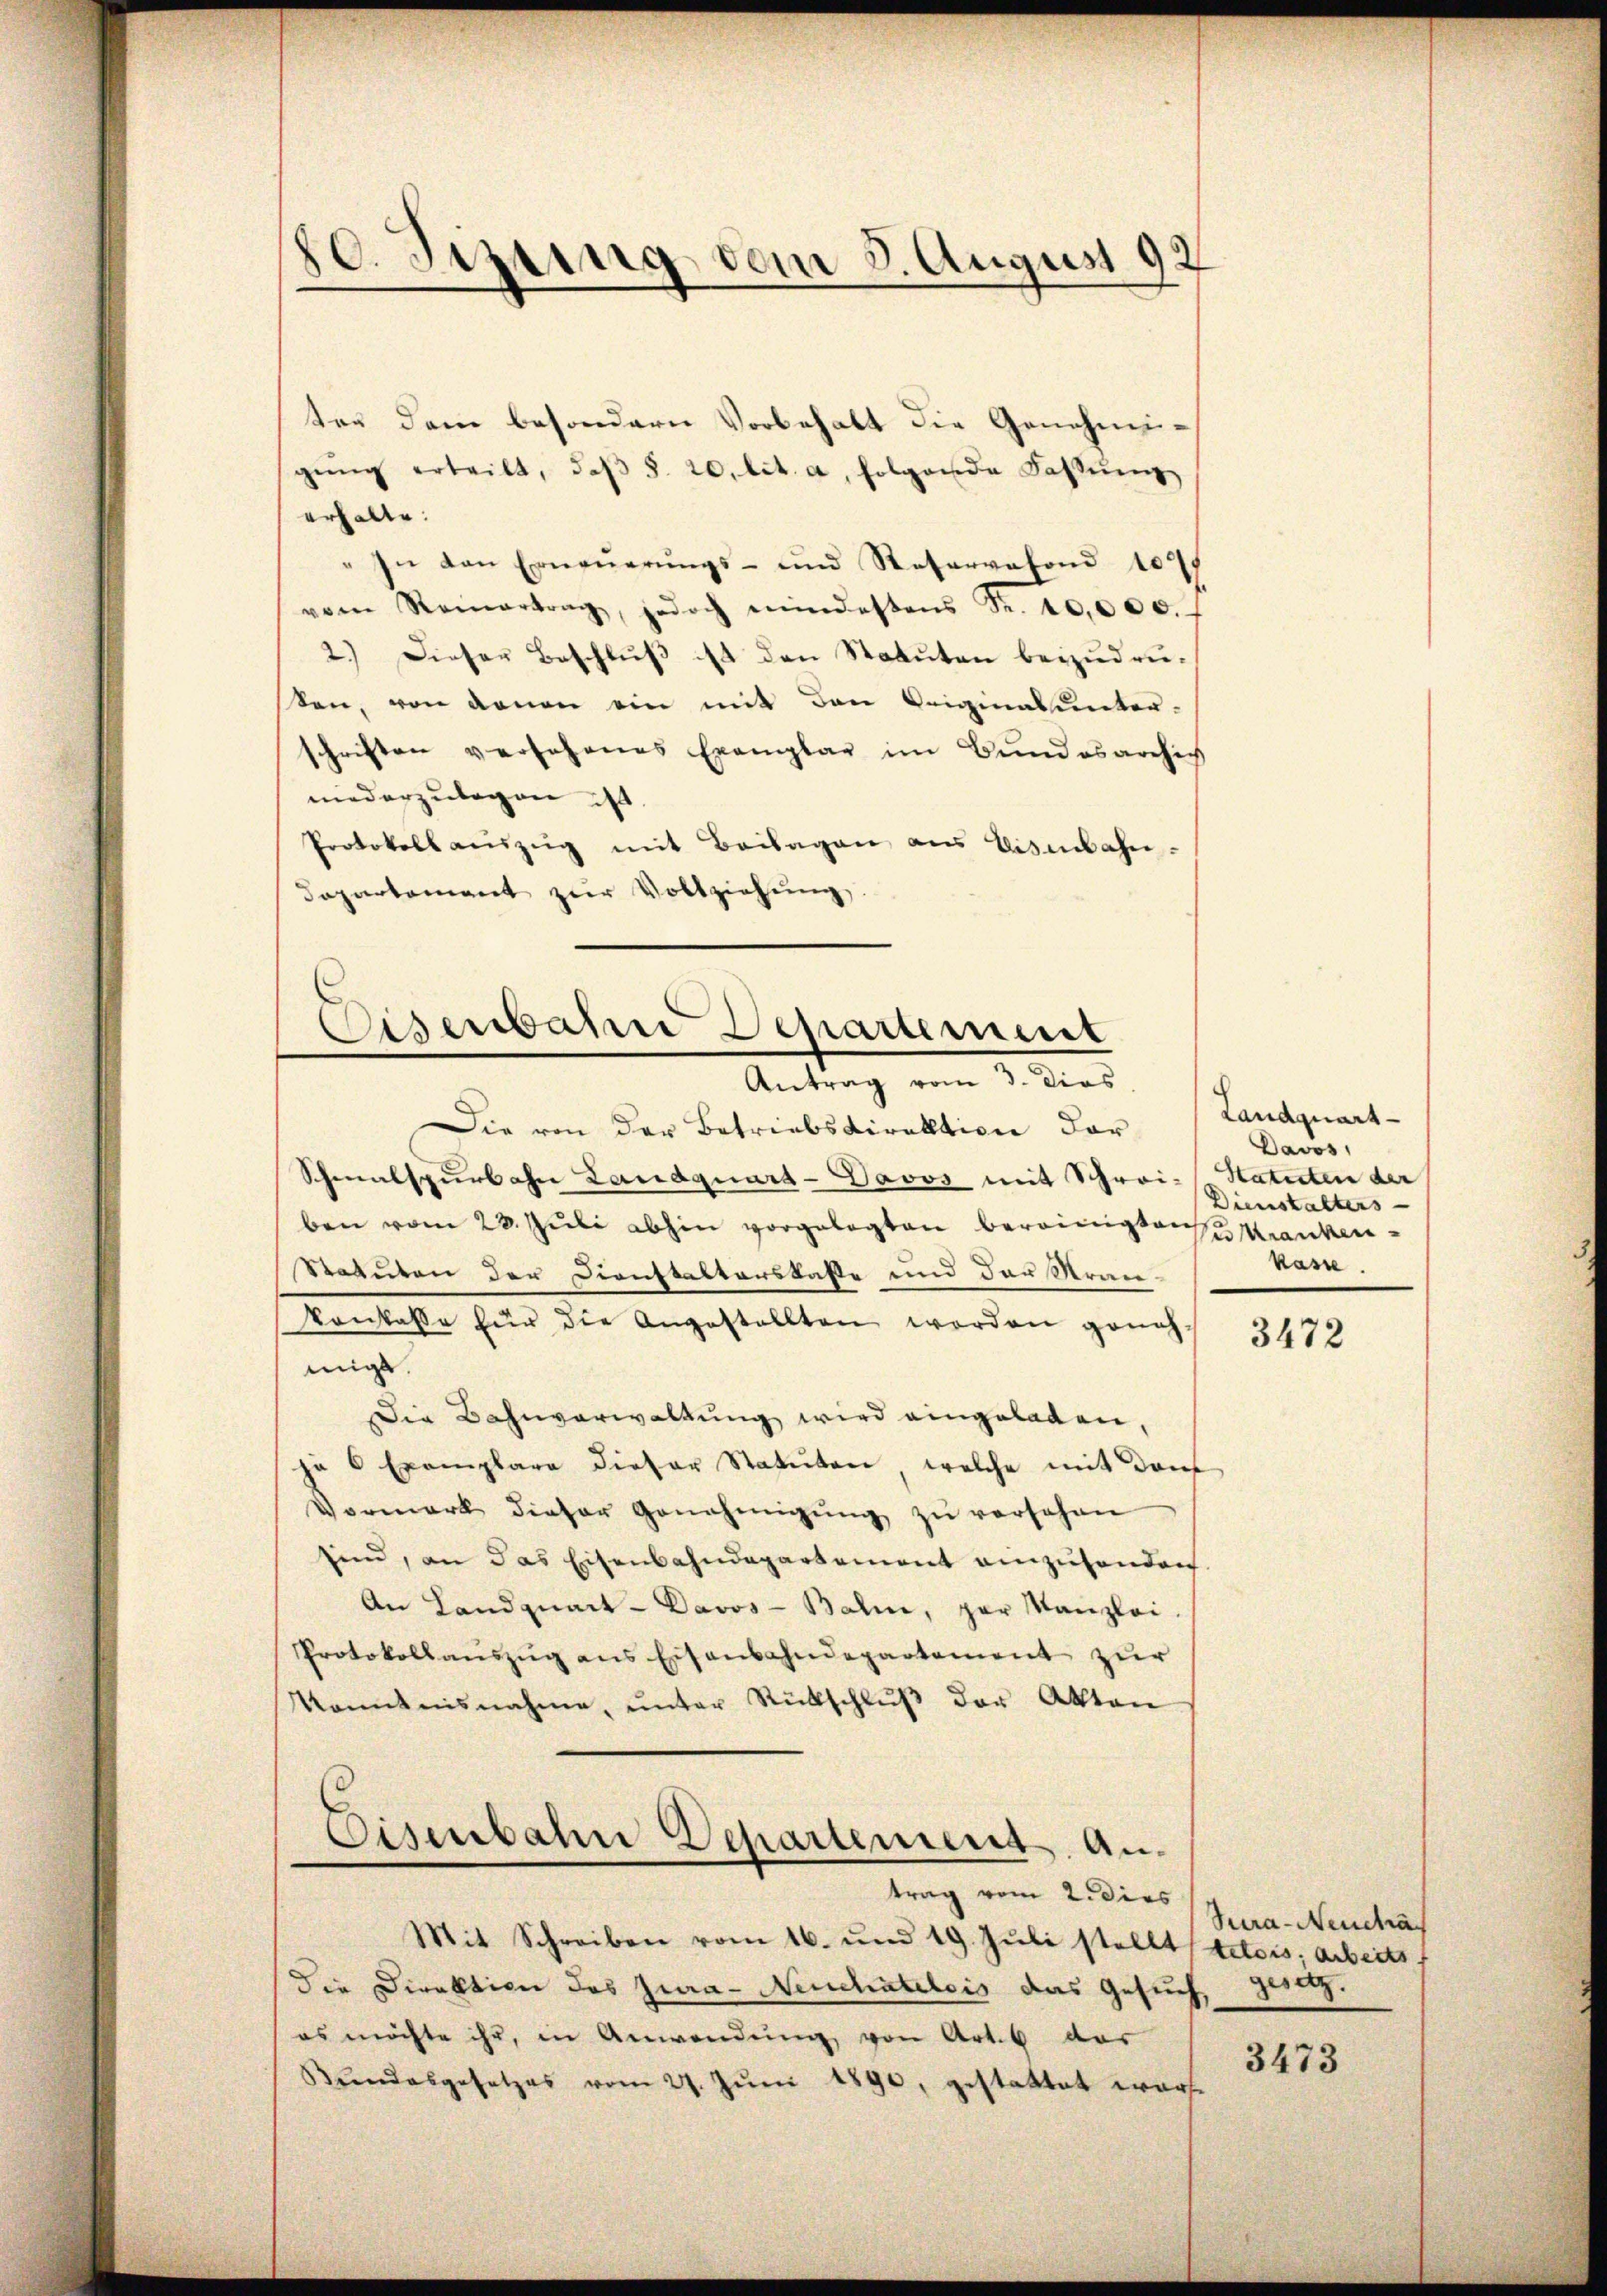
70. Sizung vom 3. August 92

ter dem besondern Vorbehalt die Genehmig-
gŭng erteilt, daβ §. 20. lit. a, folgende Fassŭng
erhalte.
" In den Erneŭerŭngs- und Reservefond 104
vom Reinertrag, jedoch mindestens Fr. 10,000.
2.) Dieser Beschluß ist den Statuten beizudruten, von denen ein mit den Leiginalunter-
schriften versehenes Exemplar im Bundesarchich
niederzulegen ist.
Protokoll aŭszŭg mit Beilagen aus Eisenbahn-
departement zŭr Vollziehŭng.

Eisenbahn Departement
Antrag vom 3. dies

trag vom 2. dies

Die von der Betriebsdirektion dar
Schmalspurlohn Landquard-Davos mit Schrei-Statuten der
ben vom 23. Jŭli abhin vorgelegten bereinigten Kranken¬
Statuten der Dienstalterskasse und der Kranvonkasse für die Angestellten worden genehmigt.
Die Bahnverwaltung wird eingeladen,
ja 6 Exemplare dieser Statuten, welche mit dem
Vormerk dieser Genehmigŭng zŭ versehen
sind, an das Eisenbahndepartement einzuhanden.
An Landquart - Davos-Balm, par Kanzlei-
Protokollaŭszŭg ans Eisenbahndepartement zur
Konntnisnahme, ŭnter Rückschlŭβ der Akten
Eisenbahn Departement. An¬

Mit Schreiben vom 16. und 19. Jŭli stellt detois, arbeitsf
die Direktion des Jura- Neuchâtelois das Gesuch, Satz.
es möchte ihr, in Anwendŭng von Art. 6 dar
Bŭndesgesetzes vom 27. Jŭni 1890, gestattet warte

Landquart
Davos,
Dienstalters
kasse.

3472

Sura-Neuchäf

3473